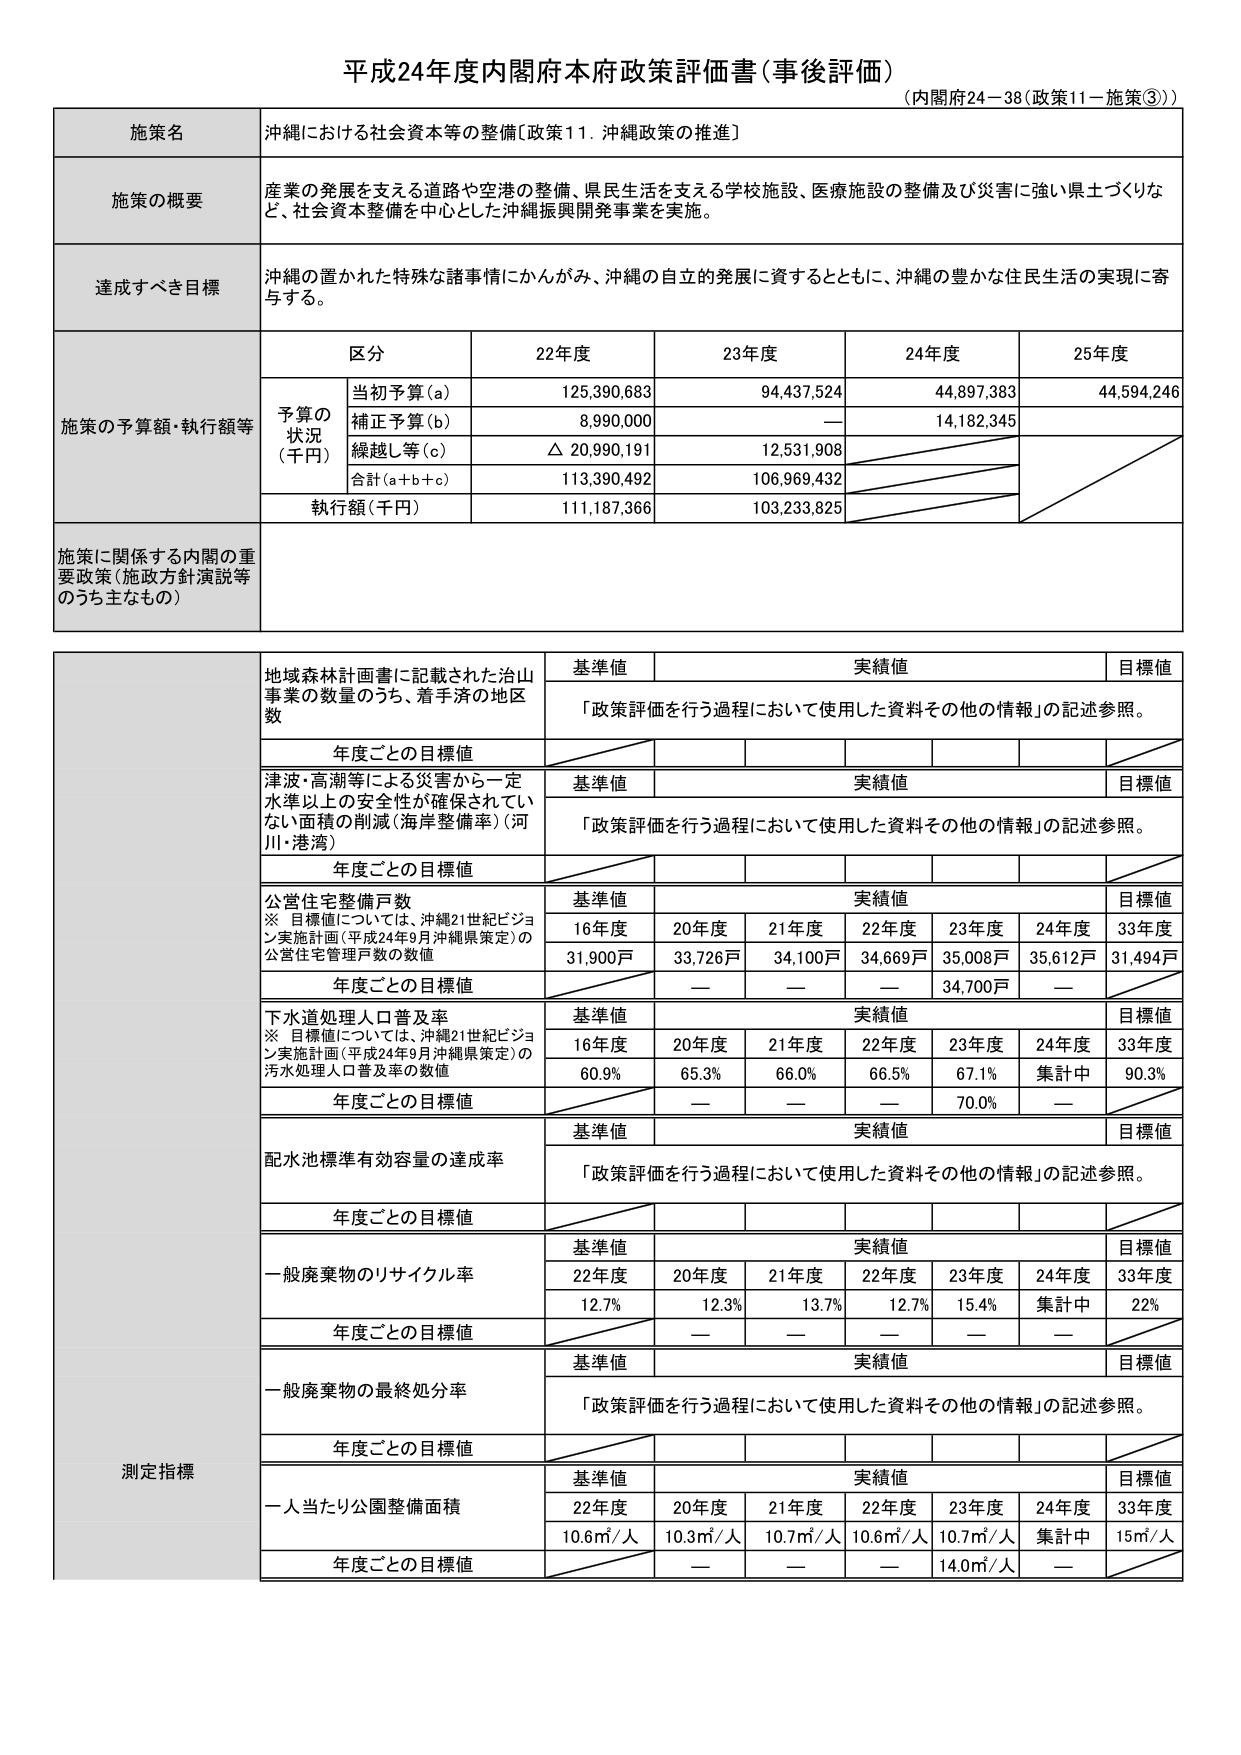
平成24年度内閣府本府政策評価書（事後評価）
（内閣府24－38（政策11－施策③））

施策名
沖縄における社会資本等の整備〔政策11．沖縄政策の推進〕

施策の概要
産業の発展を支える道路や空港の整備、県民生活を支える学校施設、医療施設の整備及び災害に強い県土づくりなど、社会資本整備を中心とした沖縄振興開発事業を実施。

達成すべき目標
沖縄の置かれた特殊な諸事情にかんがみ、沖縄の自立的発展に資するとともに、沖縄の豊かな住民生活の実現に寄与する。

施策の予算額・執行額等
区分 22年度 23年度 24年度 25年度
予算の状況（千円）
当初予算（a） 125,390,683 94,437,524 44,897,383 44,594,246
補正予算（b） 8,990,000 — 14,182,345
繰越し等（c） △ 20,990,191 12,531,908
合計（a＋b＋c） 113,390,492 106,969,432
執行額（千円） 111,187,366 103,233,825

施策に関係する内閣の重要政策（施政方針演説等のうち主なもの）

測定指標
地域森林計画書に記載された治山事業の数量のうち、着手済の地区数
基準値 実績値 目標値
「政策評価を行う過程において使用した資料その他の情報」の記述参照。
年度ごとの目標値

津波・高潮等による災害から一定水準以上の安全性が確保されていない面積の削減（海岸整備率）（河川・港湾）
基準値 実績値 目標値
「政策評価を行う過程において使用した資料その他の情報」の記述参照。
年度ごとの目標値

公営住宅整備戸数
※目標値については、沖縄21世紀ビジョン実施計画（平成24年9月沖縄県策定）の公営住宅管理戸数の数値
基準値 実績値 目標値
16年度 20年度 21年度 22年度 23年度 24年度 33年度
31,900戸 33,726戸 34,100戸 34,669戸 35,008戸 35,612戸 31,494戸
年度ごとの目標値 — — — 34,700戸 —

下水道処理人口普及率
※目標値については、沖縄21世紀ビジョン実施計画（平成24年9月沖縄県策定）の汚水処理人口普及率の数値
基準値 実績値 目標値
16年度 20年度 21年度 22年度 23年度 24年度 33年度
60.9% 65.3% 66.0% 66.5% 67.1% 集計中 90.3%
年度ごとの目標値 — — — 70.0% —

配水池標準有効容量の達成率
基準値 実績値 目標値
「政策評価を行う過程において使用した資料その他の情報」の記述参照。
年度ごとの目標値

一般廃棄物のリサイクル率
基準値 実績値 目標値
22年度 20年度 21年度 22年度 23年度 24年度 33年度
12.7% 12.3% 13.7% 12.7% 15.4% 集計中 22%
年度ごとの目標値 — — — — —

一般廃棄物の最終処分率
基準値 実績値 目標値
「政策評価を行う過程において使用した資料その他の情報」の記述参照。
年度ごとの目標値

一人当たり公園整備面積
基準値 実績値 目標値
22年度 20年度 21年度 22年度 23年度 24年度 33年度
10.6㎡/人 10.3㎡/人 10.7㎡/人 10.6㎡/人 10.7㎡/人 集計中 15㎡/人
年度ごとの目標値 — — — 14.0㎡/人 —